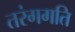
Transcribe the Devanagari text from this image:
तरंगगति